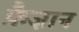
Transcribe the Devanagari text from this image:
फ़ैज़ान